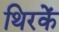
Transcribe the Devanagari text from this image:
थिरकें